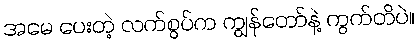
အမေ ပေးတဲ့ လက်စွပ်က ကျွန်တော်နဲ့ ကွက်တိပဲ။